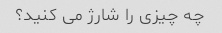
چه چیزی را شارژ می کنید؟